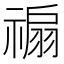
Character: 𥛊